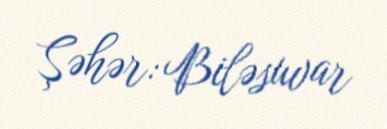
Şəhər: Biləsuvar